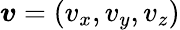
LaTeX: \boldsymbol{v}=(v_{x},v_{y},v_{z})